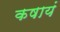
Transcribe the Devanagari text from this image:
कषायं